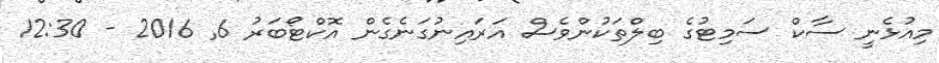
މިއުޅެނީ ސާކް ސަމިޓުގެ ބިލްތަކުންވެސް އަރައިނުގަނެގެން އޮކްޓޯބަރު 6